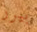
بيرز